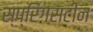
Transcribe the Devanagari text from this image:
स्प्रिंगसटीन